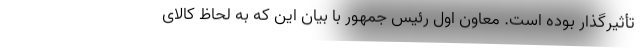
تأثیرگذار بوده است. معاون اول رئیس جمهور با بیان این که به لحاظ کالای